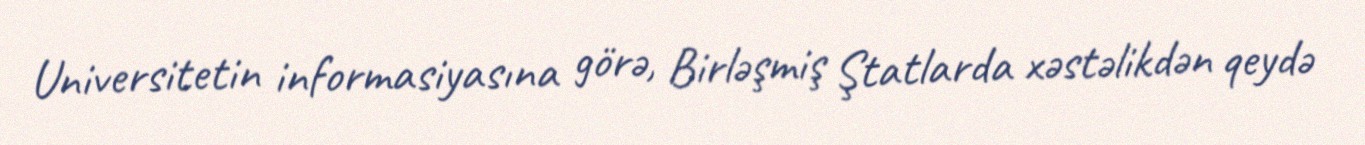
Universitetin informasiyasına görə, Birləşmiş Ştatlarda xəstəlikdən qeydə